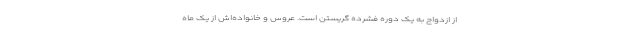
از ازدواج به یک دوره فشرده گریستن است. عروس و خانواده‌اش از یک ماه